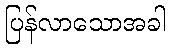
ပြန်လာသောအခါ